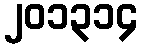
၂၀၁၃၁၄